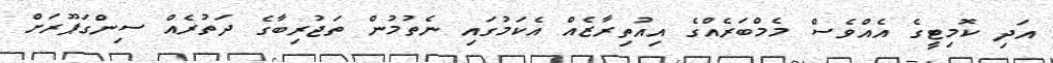
އަދި ކޮމިޓީގެ އެއްވެސް މެމްބަރެއްގެ އިއުތިރާޒެއް އެކަމުގައި ނެތުމުން ތަޖުރިބާގެ ދަތުރެއް ސިންގަޕޫރަށް